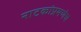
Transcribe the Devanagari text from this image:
नाटकांप्रमणेच